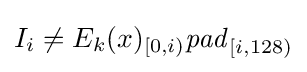
I_{i}\neq E_{k}(x)_{[0,i)}{\mathit {pad}}_{[i,128)}